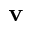
\mathbf { v }